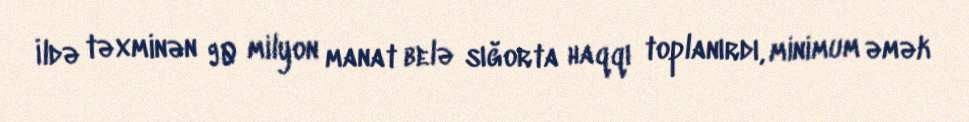
İldə təxminən 90 milyon manat belə sığorta haqqı toplanırdı, minimum əmək